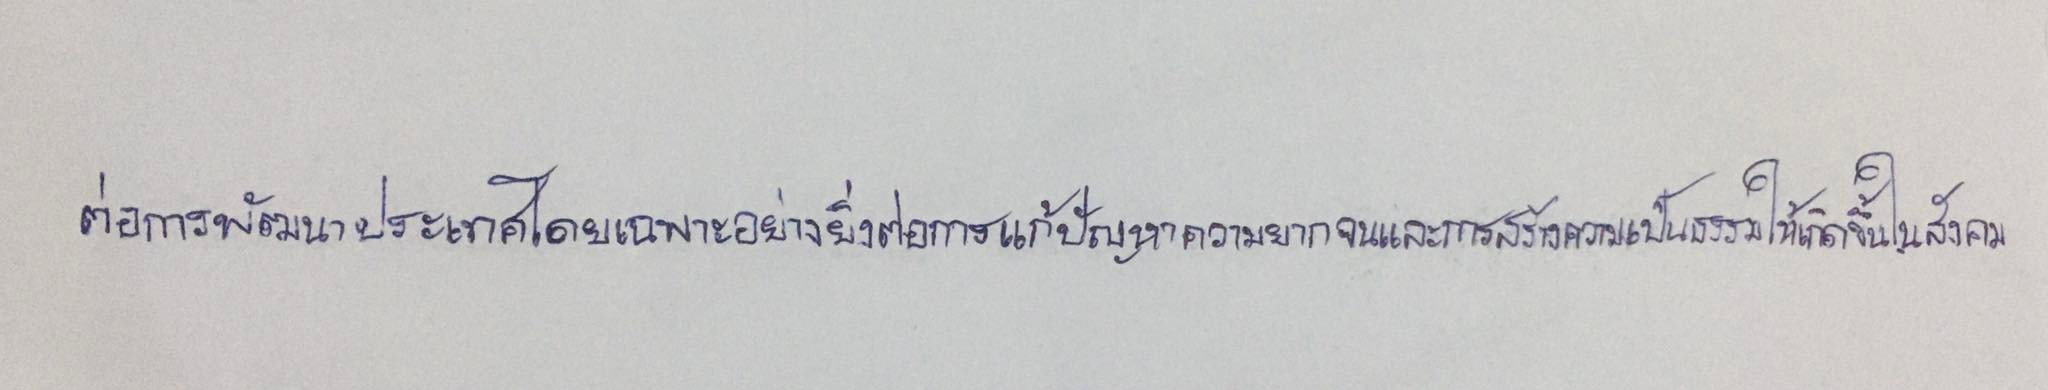
ต่อการพัฒนาประเทศโดยเฉพาะอย่างยิ่งต่อการแก้ปัญหาความยากจนและการสร้างความเป็นธรรมให้เกิดขึ้นในสังคม